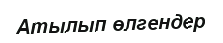
Атылып өлгендер